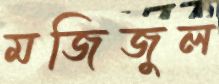
মজিজুল